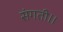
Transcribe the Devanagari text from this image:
संगती।।